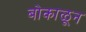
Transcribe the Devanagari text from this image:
बोकाळून